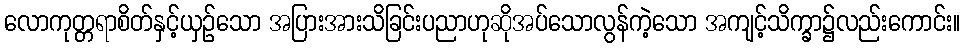
လောကုတ္တရာစိတ်နှင့်ယှဉ်သော အပြားအားသိခြင်းပညာဟုဆိုအပ်သောလွန်ကဲ့သော အကျင့်သိက္ခာ၌လည်းကောင်း။